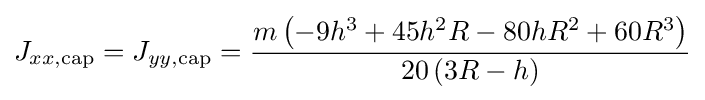
J_{xx,{\text{cap}}}=J_{yy,{\text{cap}}}={\frac {m\left(-9h^{3}+45h^{2}R-80hR^{2}+60R^{3}\right)}{20\left(3R-h\right)}}